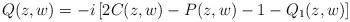
LaTeX: \begin{align*}Q(z,w)=-i\left[2C(z,w)-P(z,w)-1-Q_1(z,w)\right]\end{align*}